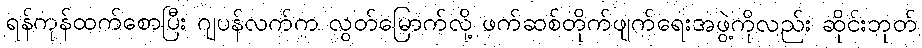
ရန်ကုန်ထက်စောပြီး ဂျပန်လက်က လွတ်မြောက်လို့ ဖက်ဆစ်တိုက်ဖျက်ရေးအဖွဲ့ကိုလည်း ဆိုင်းဘုတ်